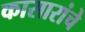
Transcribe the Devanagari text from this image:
कासारांचे